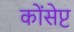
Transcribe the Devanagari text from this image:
कोंसेप्ट